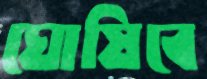
ঘোষিবে